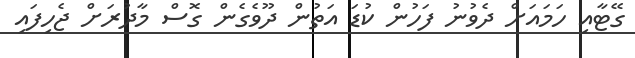
ގޭޓާއި ހަމައަށް ދެވުނު ފަހުން ކުޑަ އަތުން ދޫވެގެން ގޮސް މާދުރަށް ޖެހިފައި